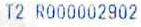
T2 R000002902